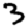
Digit: 3